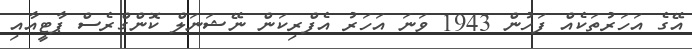
އޭގެ އަހަރުތަކެއް ފަހުން 1943 ވަނަ އަހަރު އެފްރިކަން ނޭޝަނަލް ކޮންގްރެސް ޕާޓީއާއި